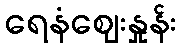
ရေနံဈေးနှုန်း